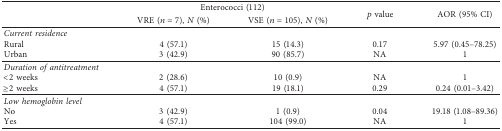
| <ROWSPAN=2>  | <COLSPAN=2> Enterococci (112) | <ROWSPAN=2> p value | <ROWSPAN=2> AOR (95% CI) |
 | VRE (n=7), N (%) | VSE (n=105), N (%) |
 | --- | --- | --- | --- | --- |
 | Current residence | <COLSPAN=4>  |
 | Rural | 4 (57.1) | 15 (14.3) | 0.17 | 5.97 (0.45–78.25) |
 | Urban | 3 (42.9) | 90 (85.7) | NA | 1 |
 | Duration of antitreatment | <COLSPAN=4>  |
 | <2 weeks | 2 (28.6) | 10 (0.9) | NA | 1 |
 | ≥2 weeks | 4 (57.1) | 19 (18.1) | 0.29 | 0.24 (0.01–3.42) |
 | Low hemoglobin level | <COLSPAN=4>  |
 | No | 3 (42.9) | 1 (0.9) | 0.04 | 19.18 (1.08–89.36) |
 | Yes | 4 (57.1) | 104 (99.0) | NA | 1 |